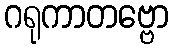
ဂရုကာတဗ္ဗော